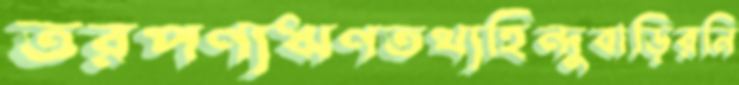
তরপণ্যঋণতথ্যহিন্দুবাড়িরনি